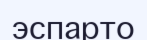
эспарто